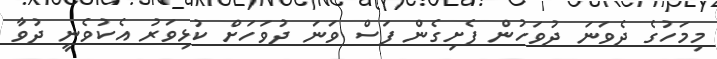
މިމަހުގެ ދެވަނަ ދުވަހުން ފެށިގެން ފަސް ވަނަ ދުވަހަށް ކުޅިވަރު އެކުވެނީ ދުވާ